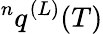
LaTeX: {}^{n}q^{(L)}(T)